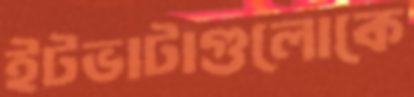
ইটভাটাগুলোকে